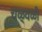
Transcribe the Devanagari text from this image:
चळ्वळी